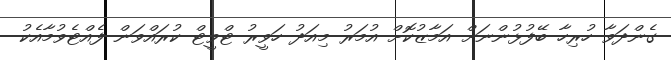
ގެންދަވާ ހުރިހާ ބޭފުޅުންނަށް އަމާޒުކޮށް އުމަރު މިއަދު ހަވީރު ޓްވީޓް ކުރައްވަން ފެއްޓެވުމާއެކު